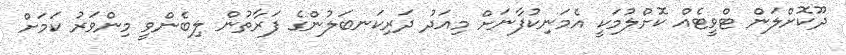
ދޫކޮށްލަން ޓްވީޓެއް ކޮށްލުމަކީ އެމަނިކުފާނަށް މިއަދު ދަރިކަނބަލުންގެ ފަރާތުން ލިބެންވީ މިންވަރު ކަމަށް